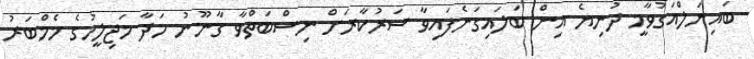
ބައިނަލްއަގުވާމީ ދުނިޔެ އިން ބަލައިގަނެފައިވާ ސަރުކާރަށް ނިސްބަތްވާ ގާނޫނު ހަދާ މަޖިލީހުގެ މެމްބަރު